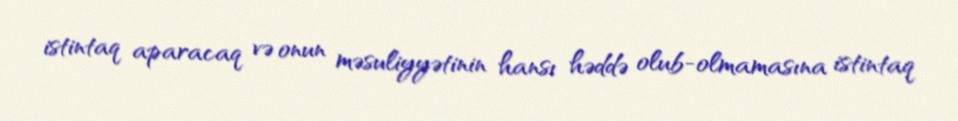
istintaq aparacaq və onun məsuliyyətinin hansı həddə olub-olmamasına istintaq